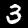
Label: 3